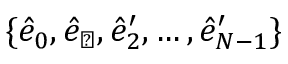
\{ \hat { e } _ { 0 } , \hat { e } _ { \perp } , \hat { e } _ { 2 } ^ { \prime } , \dots , \hat { e } _ { N - 1 } ^ { \prime } \}